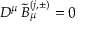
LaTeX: D ^ { \mu } \, { \tilde { B } } _ { \mu } ^ { ( j , \pm ) } = 0